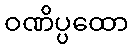
ဝဏိပ္ပထော